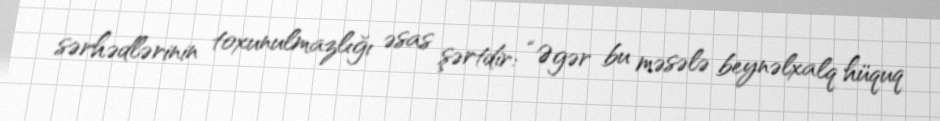
sərhədlərinin toxunulmazlığı əsas şərtdir: “Əgər bu məsələ beynəlxalq hüquq